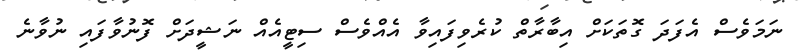
ނަމަވެސް އެފަދަ ގޮތަކަށް އިބާރާތް ކުރެވިފައިވާ އެއްވެސް ސިޓީއެއް ނަޝީދަށް ފޮނުވާފައި ނުވާނެ